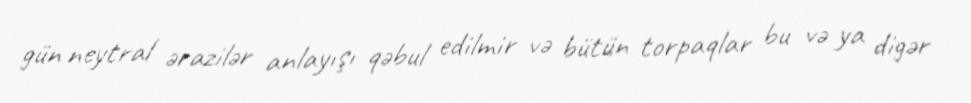
gün neytral ərazilər anlayışı qəbul edilmir və bütün torpaqlar bu və ya digər